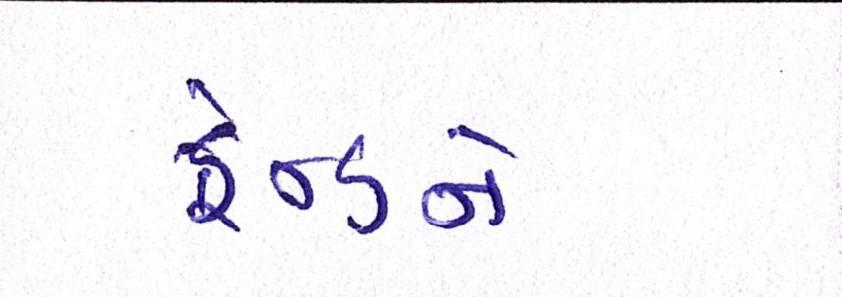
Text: ફ્રેન્ડને